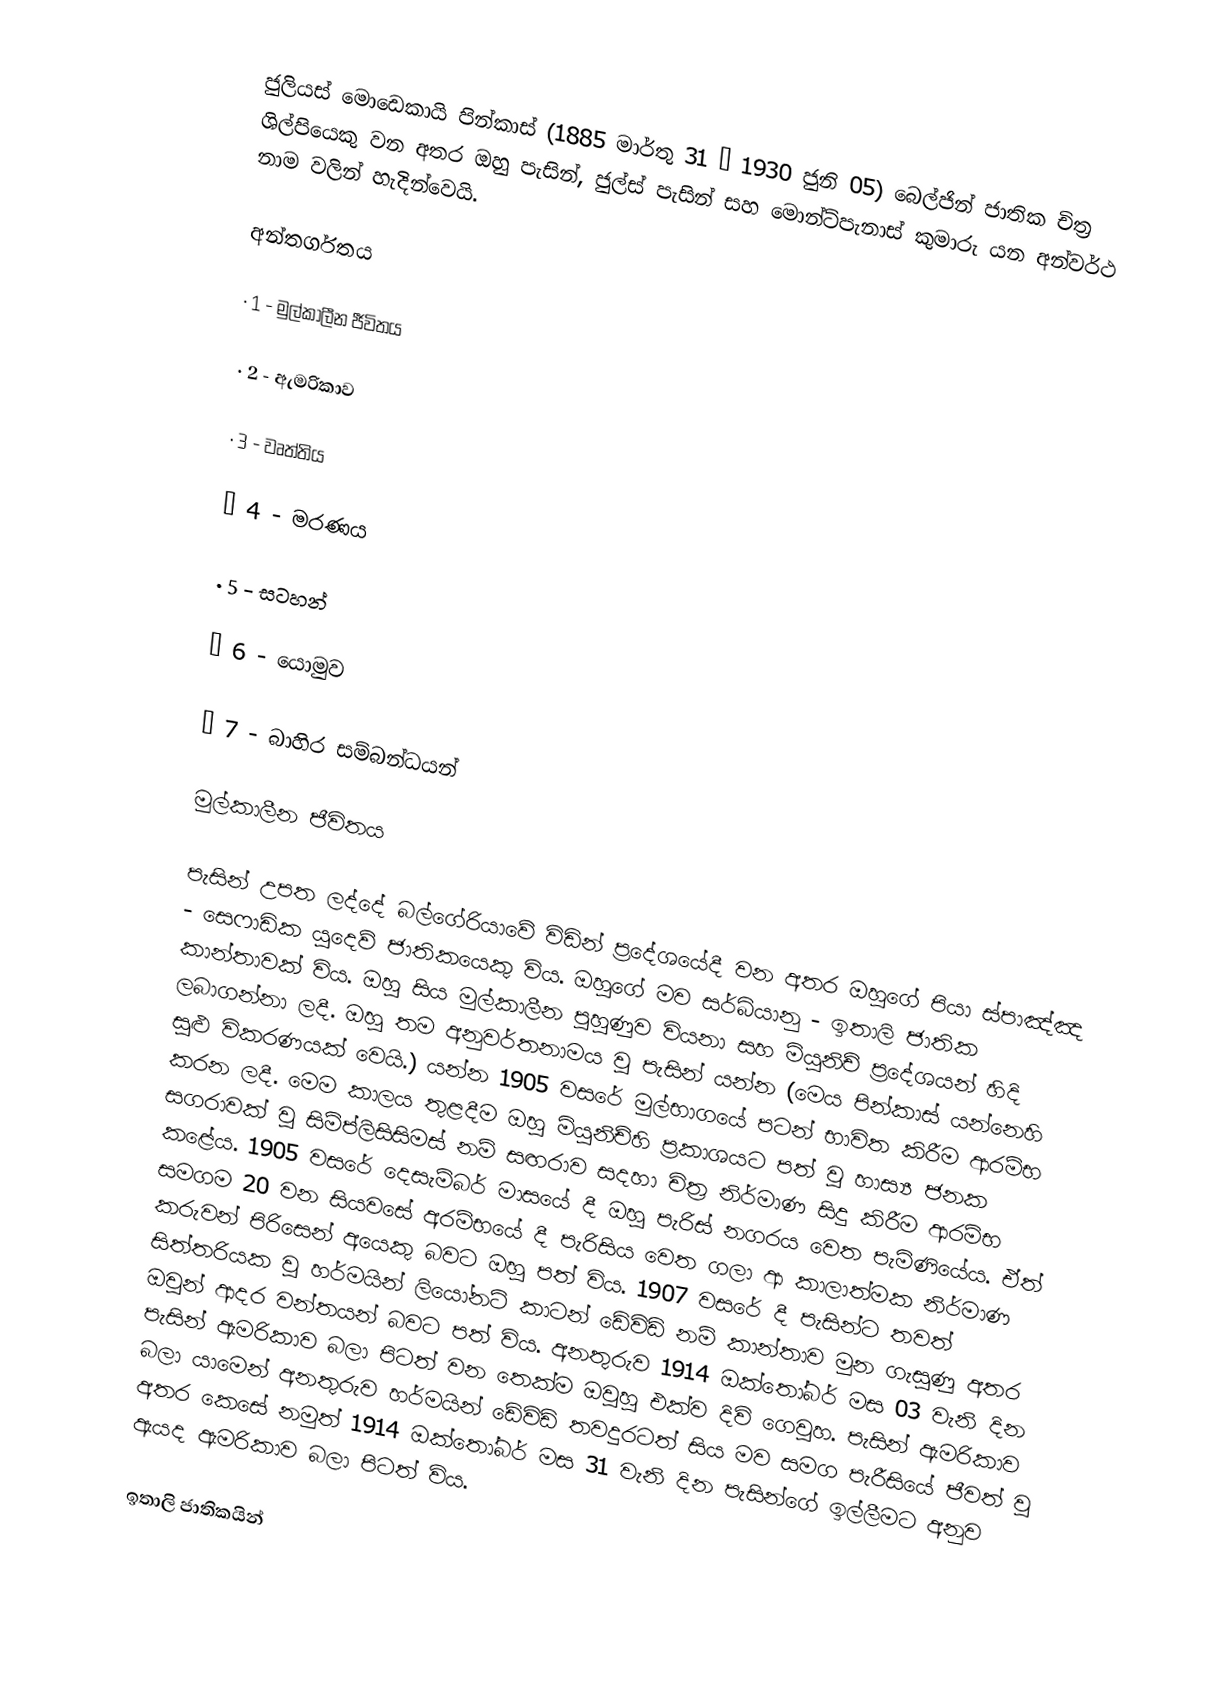
ජුලියස් මොඩෙකායි පින්කාස් (1885 මාර්තු 31 – 1930 ජුනි 05) බෙල්ජින් ජාතික චිත්‍ර ශිල්පියෙකු වන අතර ඔහු පැසින්, ජුල්ස් පැසින් සහ මොන්ට්පැනාස් කුමාරු යන අන්වර්ථ නාම වලින් හැදින්වෙයි.

අන්තර්ගතය

·	1 - මුල්කාලීන ජීවිතය

·	2 - ඇමරිකාව

·	3 - වෘත්තිය

·	4 - මරණය

·	5 - සටහන්

·	6 - යොමුව

·	7 - බාහිර සම්බන්ධයන්

මුල්කාලීන ජීවිතය

පැසින් උපත ලද්දේ බල්ගේරියාවේ විඩින් ප්‍රදේශයේදී වන අතර ඔහුගේ පියා ස්පාඤ්ඤ - සෙෆාඩික යුදෙව් ජාතිකයෙකු විය. ඔහුගේ මව සර්බියානු - ඉතාලි ජාතික කාන්තාවක් විය. ඔහු සිය මුල්කාලීන පුහුණුව වියනා සහ මියුනිච් ප්‍රදේශයන් හිදි ලබාගන්නා ලදී. ඔහු තම අනුවර්තනාමය වු පැසින් යන්න (මෙය පින්කාස් යන්නෙහි සුළු විකරණයක් වෙයි.) යන්න 1905 වසරේ මුල්භාගයේ පටන් භාවිත කිරීම ආරම්භ කරන ලදී. මෙම කාලය තුළදීම ඔහු මියුනිච්හි ප්‍රකාශයට පත් වු හාස්‍ය ජනක සගරාවක් වු සිම්ප්ලිසිසිමස් නම් සඟරාව සදහා චිත්‍ර නිර්මාණ සිදු කිරීම ආරම්භ කළේය. 1905 වසරේ දෙසැම්බර් මාසයේ දී ඔහු පැරිස් නගරය වෙත පැමිණියේය. ඒත් සමගම 20 වන සියවසේ අරම්භයේ දී පැරිසිය වෙත ගලා ආ කාලාත්මක නිර්මාණ කරුවන් පිරිසෙන් අයෙකු බවට ඔහු පත් විය. 1907 වසරේ දී පැසින්ට තවත් සිත්තරියක වු හර්මයින් ලියෝනට් කාටන් ඩේවිඩ් නම් කාන්තාව මුන ගැසුණු අතර ඔවුන් ආදර වන්තයන් බවට පත් විය. අනතුරුව 1914 ඔක්තෝබර් මස 03 වැනි දින පැසින් ඇමරිකාව බලා පිටත් වන තෙක්ම ඔවුහු එක්ව දිවි ගෙවුහ. පැසින් ඇමරිකාව බලා යාමෙන් අනතුරුව හර්මයින් ඩේවිඩ් තවදුරටත් සිය මව සමග පැරීසියේ ජීවත් වු අතර කෙසේ නමුත් 1914 ඔක්තෝබර් මස 31 වැනි දින පැසින්ගේ ඉල්ලීමට අනුව ඇයද ඇමරිකාව බලා පිටත් විය.

ඉතාලි ජාතිකයින්